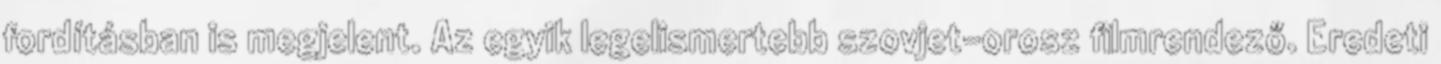
fordításban is megjelent. Az egyik legelismertebb szovjet-orosz filmrendező. Eredeti